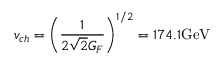
v _ { c h } = \left( { \frac { 1 } { 2 \sqrt { 2 } G _ { F } } } \right) ^ { 1 / 2 } = 1 7 4 . 1 \mathrm { G e V }